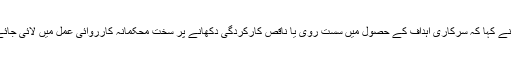
انہوں نے کہا کہ سرکاری اہداف کے حصول میں سست روی یا ناقص کارکردگی دکھانے پر سخت محکمانہ کارروائی عمل میں لائی جائے گی۔